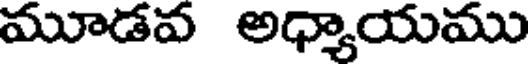
మూడవ అధ్యాయము